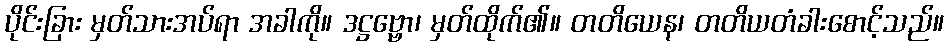
ပိုင်းခြား မှတ်သားအပ်ရာ အခါကို။ ဒဋ္ဌဗ္ဗော၊ မှတ်ထိုက်၏။ တတိယေန၊ တတိယတံခါးစောင့်သည်။